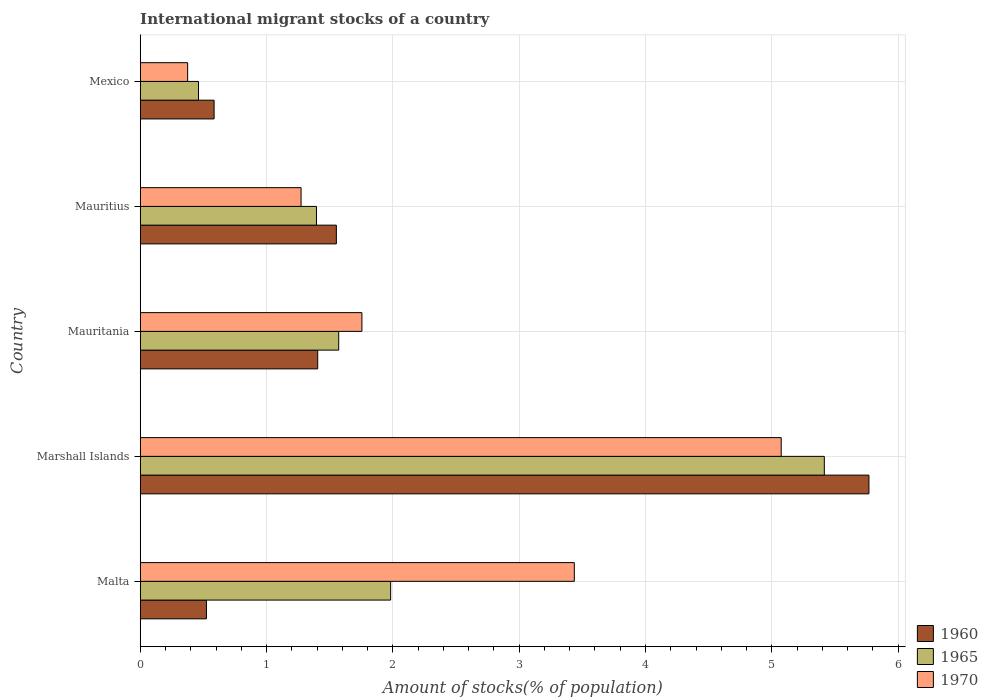
| Country | 1960 | 1965 | 1970 |
 | --- | --- | --- | --- |
 | Malta | 0.524 | 1.98 | 3.44 |
 | Marshall Islands | 5.77 | 5.42 | 5.07 |
 | Mauritania | 1.41 | 1.57 | 1.75 |
 | Mauritius | 1.55 | 1.4 | 1.27 |
 | Mexico | 0.585 | 0.461 | 0.375 |